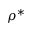
\rho ^ { * }